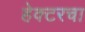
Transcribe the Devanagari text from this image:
हेक्टरचा